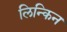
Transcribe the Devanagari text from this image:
लिन्किन